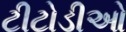
ટીટોડીઓ